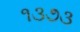
૧૩૭૩